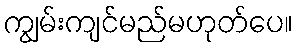
ကျွမ်းကျင်မည်မဟုတ်ပေ။